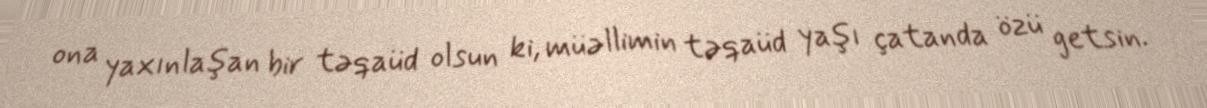
ona yaxınlaşan bir təqaüd olsun ki, müəllimin təqaüd yaşı çatanda özü getsin.